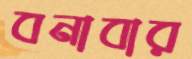
বনাবার